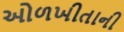
ઓળખીતાની